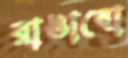
রাঙাবো